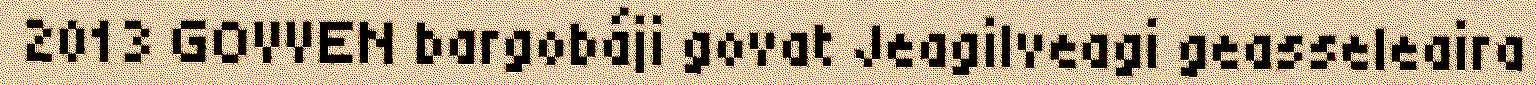
2013 GOVVEN bargobáji govat Jeagilveagi geasseleaira